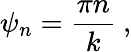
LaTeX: \psi_{n}={\frac{\pi n}{k}}\ ,